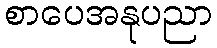
စာပေအနုပညာ